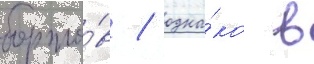
борто́в / одна́ко в